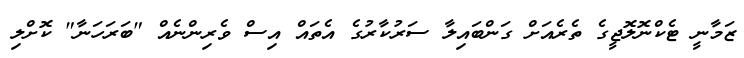
ޒަމާނީ ޓެކްނޮލޮޖީގެ ތެރެއަށް ގަންބައިލާ ސަރުކާރުގެ އެތައް އިސް ވެރިންނެއް "ބަރަހަނާ" ކޮށްލި